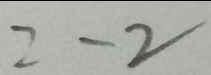
= - 2